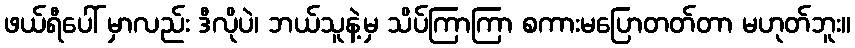
ဖယ်ရီပေါ် မှာလည်း ဒီလိုပဲ၊ ဘယ်သူနဲ့မှ သိပ်ကြာကြာ စကားမပြောတတ်တာ မဟုတ်ဘူး။